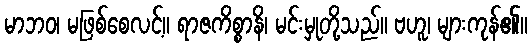
မာဘဝ၊ မဖြစ်စေလင့်။ ရာဇကိစ္စာနိ၊ မင်းမှုတို့သည်။ ဗဟူ၊ များကုန်၏။